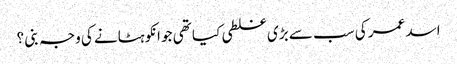
اسد عمر کی سب سے بڑی غلطی کیا تھی جو انکو ہٹانے کی وجہ بنی ؟